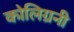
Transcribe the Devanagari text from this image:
कोलिग्रनी